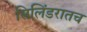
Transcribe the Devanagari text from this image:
सिलिंडरातच